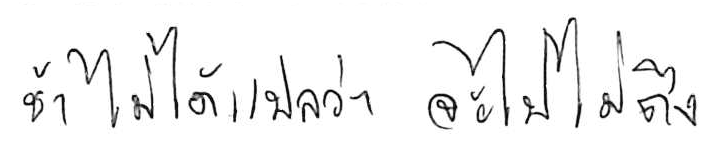
ช้า ไม่ได้แปลว่า จะไปไม่ถึง